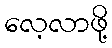
လေ့လာဖို့